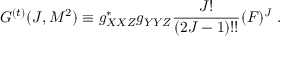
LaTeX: G ^ { ( t ) } ( J , M ^ { 2 } ) \equiv g _ { X X Z } ^ { \ast } g _ { Y Y Z } ^ { } \frac { J ! } { ( 2 J - 1 ) ! ! } ( F ) ^ { J } \; .